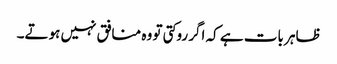
ظاہر بات ہے کہ اگر روکتی تو وہ منافق نہیں ہوتے۔